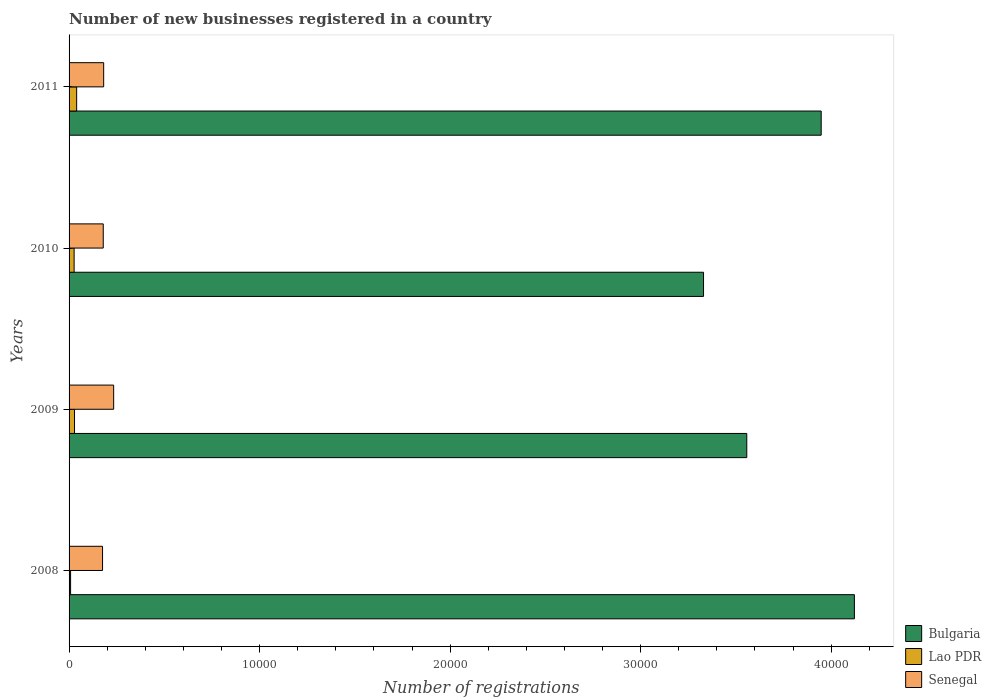
| Years | Bulgaria | Lao PDR | Senegal |
 | --- | --- | --- | --- |
 | 2008 | 4.12e+04 | 80 | 1.76e+03 |
 | 2009 | 3.56e+04 | 286 | 2.34e+03 |
 | 2010 | 3.33e+04 | 265 | 1.79e+03 |
 | 2011 | 3.95e+04 | 398 | 1.82e+03 |